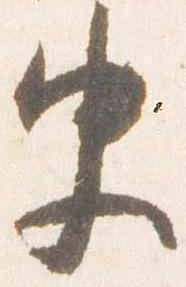
史